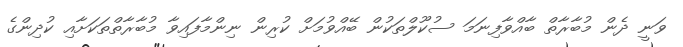
ވަނީ ދެން މުބާރާތް ބާއްވާފިނަމަ ސުކޫލްތަކުން ބޭއްވުމަށް ކުރިން ނިންމާފައިވާ މުބާރާތްތަކަށާއި ކުދިންގެ